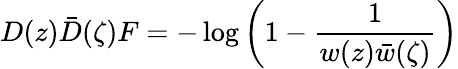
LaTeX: D(z)\bar{D}(\zeta)F=-\log\left(1-\frac 1{w(z)\bar{w}(\zeta)}\right)